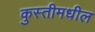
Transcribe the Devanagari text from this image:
कुस्तीमधील